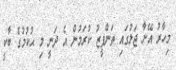
މިހާރު އޭނާ ޖަލުގައި ތަންފީޒު ކުރަމުން އެ ދަނީ މި ޙުކުމުގެ ބާކީ